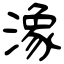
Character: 潒